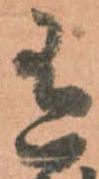
有